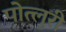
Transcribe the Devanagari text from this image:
पोत्लुरी